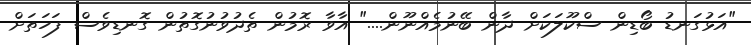
"އަޅުގަނޑު ބޯޑިން ސްކޫލަކަށް ދާން ބޭނުމެއްނޫން...." އާވާ ރޮމުން ތެދުވުނުގޮތުން ގޮނޑިވެސް ފަހަތަށް